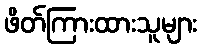
ဖိတ်ကြားထားသူများ